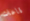
قاعات